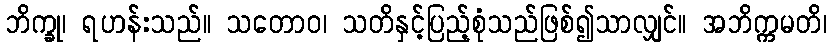
ဘိက္ခု၊ ရဟန်းသည်။ သတောဝ၊ သတိနှင့်ပြည့်စုံသည်ဖြစ်၍သာလျှင်။ အဘိက္ကမတိ၊